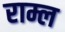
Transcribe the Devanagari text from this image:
राम्ल